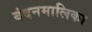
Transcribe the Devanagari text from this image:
बंदनमालिका